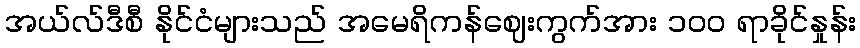
အယ်လ်ဒီစီ နိုင်ငံများသည် အမေရိကန်ဈေးကွက်အား ၁၀၀ ရာခိုင်နှုန်း